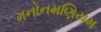
મનોનમણિયમ